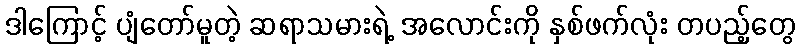
ဒါကြောင့် ပျံတော်မူတဲ့ ဆရာသမားရဲ့ အလောင်းကို နှစ်ဖက်လုံး တပည့်တွေ